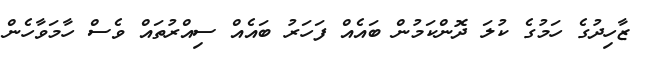
ޒާހިދުގެ ހަމުގެ ކުލަ ދޮންކަމުން ބައެއް ފަހަރު ބައެއް ސިއްރުތައް ވެސް ހާމަވާހެން